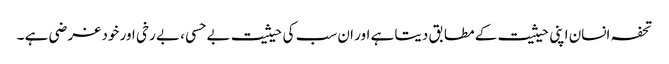
تحفہ انسان اپنی حیثیت کے مطابق دیتا ہے اور ان سب کی حیثیت بے حسی ، بے رخی اور خود غر ضی ہے ۔